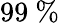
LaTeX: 99~\%